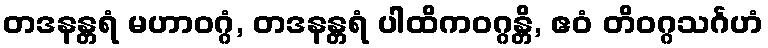
တဒနန္တရံ မဟာဝဂ္ဂံ, တဒနန္တရံ ပါထိကဝဂ္ဂန္တိ, ဧဝံ တိဝဂ္ဂသင်္ဂဟံ